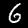
Label: 6